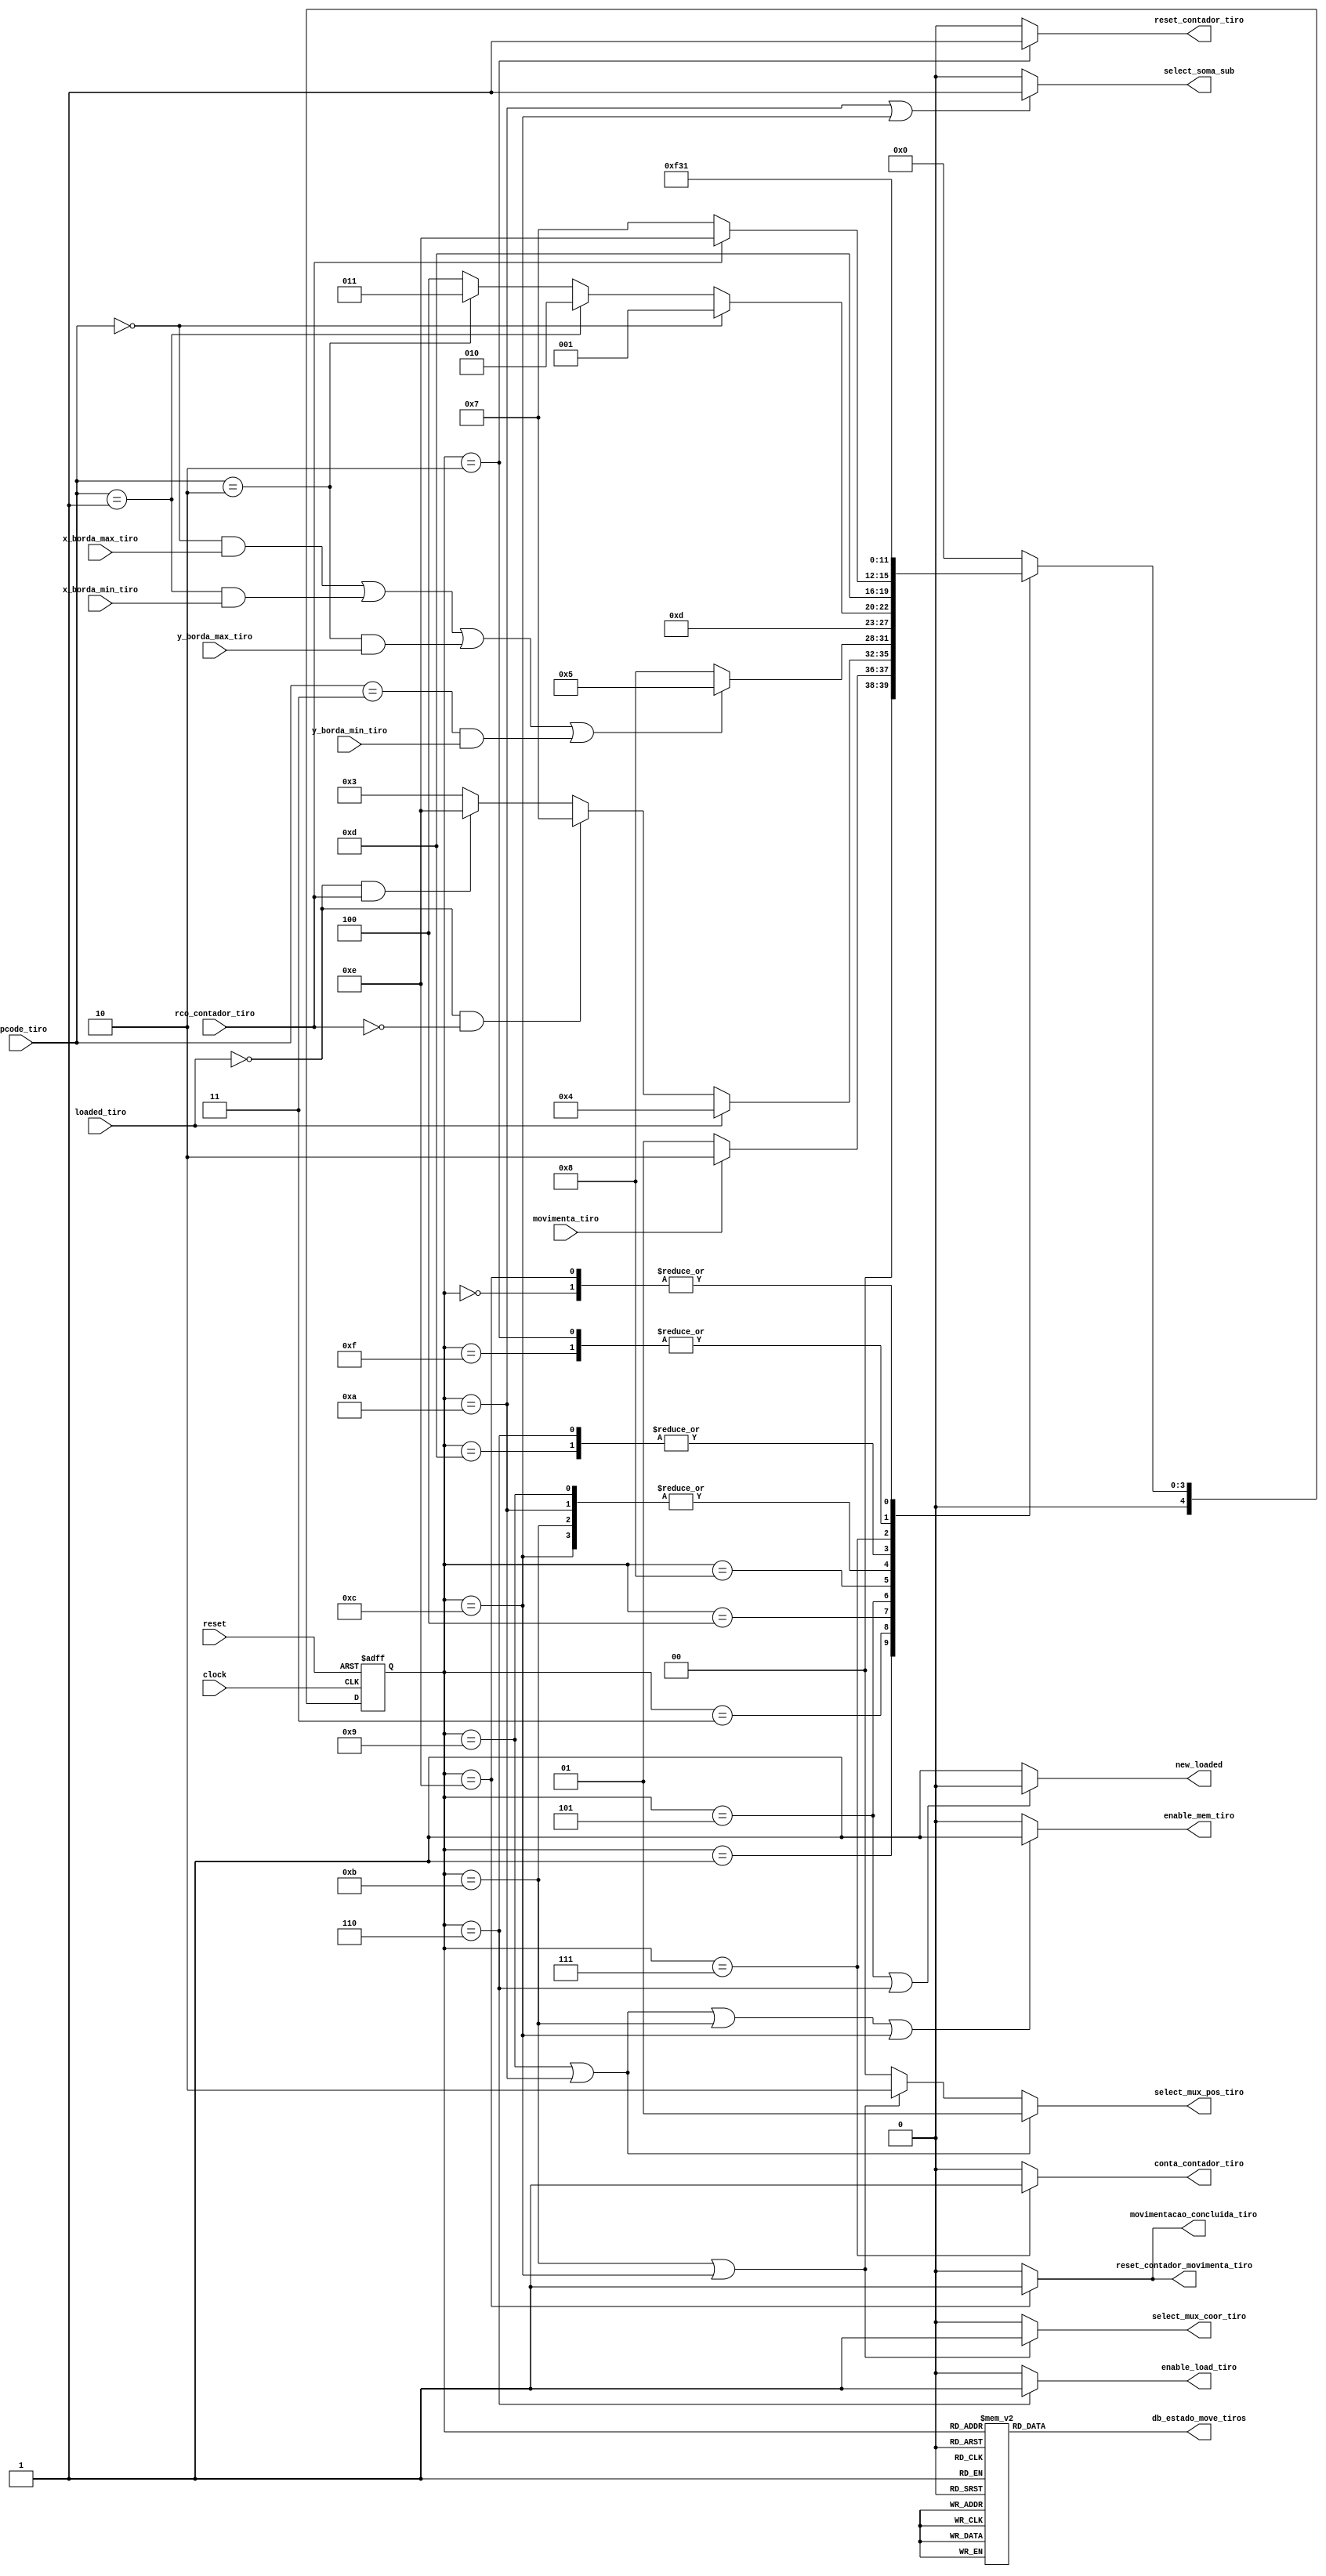

/* Essa unidade de controle  responsvel pelo movimento dos tiros no jogo, o que  feito
    uma srie de verificaes para ver se o tiro que est sendo lido da memoria est atualmente
   no jogo, e tambm se o tiro atingiou a borda do jogo, caso esteja na borda, ele  tirado do jogo.
   Para movimentar o asteroide,  verificado o OPCODE do tiro, que contm a informao da direo
   que o mesmo est se movendo e faz a operao respectiva de soma ou subtrao para mover o tiro.
   Aps isso, o tiro ser registrado na memria de tiros.*/

module uc_move_tiros (
        /*input*/
        input clock                    ,
        input movimenta_tiro           ,
        input reset                    ,
        input [1:0] opcode_tiro        ,
        input loaded_tiro              ,
        input rco_contador_tiro        ,
        input x_borda_max_tiro         , //true se a coord. X do tiro estiver no MAXIMO da horizontal
        input y_borda_max_tiro         , //true se a coord. Y do tiro estiver no MAXIMO da vetical
        input x_borda_min_tiro         , //true se a coord. Y do tiro estiver no MINIMO da horizontal
        input y_borda_min_tiro         , //true se a coord. Y do tiro estiver no MINIMO da vetical
        /*output*/
        output reg [1:0] select_mux_pos_tiro ,
        output reg select_mux_coor_tiro,
        output reg select_soma_sub     ,  
        output reg reset_contador_tiro ,
        output reg conta_contador_tiro , 
        output reg reset_contador_movimenta_tiro,
        output reg enable_mem_tiro     , 
        output reg enable_load_tiro    ,
        output reg new_loaded,                
        output reg movimentacao_concluida_tiro,
        output reg [4:0] db_estado_move_tiros

);

        parameter inicio                 = 5'b00000; // 0
        parameter espera                 = 5'b00001; // 1
        parameter reseta_contador        = 5'b00010; // 2
        parameter verifica_loaded        = 5'b00011; // 3
        parameter verifica_saiu_tela     = 5'b00100; // 4
        parameter altera_loaded          = 5'b00101; // 5
        parameter salva_loaded           = 5'b00110; // 6
        parameter incrementa_contador    = 5'b00111; // 7
        parameter verifica_opcode        = 5'b01000; // 8 
        parameter horizontal_crescente   = 5'b01001; // 9 
        parameter horizontal_decrescente = 5'b01010; // A
        parameter vertical_crescente     = 5'b01011; // B
        parameter vertical_decrescente   = 5'b01100; // C
        parameter salva_posicao          = 5'b01101; // D
        parameter sinaliza               = 5'b01110; // E
        parameter aux                    = 5'b01111; // F
        parameter erro                   = 5'b11111; // erro

        // Variveis de estado
        reg [4:0] estado_atual, proximo_estado;

        // Memria de estado
        always @(posedge clock or posedge reset) begin
                if (reset)
                        estado_atual <= inicio;
                else
                        estado_atual <= proximo_estado;
        end

        // Mudana de estados
        always @* begin
        case (estado_atual) 
                inicio:                 proximo_estado = espera;
                espera:                 proximo_estado = movimenta_tiro ? reseta_contador : espera;
                reseta_contador:        proximo_estado = verifica_loaded;
                verifica_loaded:        proximo_estado = loaded_tiro                         ? verifica_saiu_tela  : 
                                                         (~loaded_tiro && ~rco_contador_tiro) ? incrementa_contador : 
                                                         (~loaded_tiro && rco_contador_tiro)  ? sinaliza : verifica_loaded;
                verifica_saiu_tela:     proximo_estado = (opcode_tiro == 2'b00 && x_borda_max_tiro ||
                                                          opcode_tiro == 2'b01 && x_borda_min_tiro  ||
                                                          opcode_tiro == 2'b10 && y_borda_max_tiro  ||
                                                          opcode_tiro == 2'b11 && y_borda_min_tiro  )? altera_loaded : verifica_opcode;
                altera_loaded:          proximo_estado = salva_loaded;
                salva_loaded:           proximo_estado = rco_contador_tiro ? sinaliza : incrementa_contador;
                verifica_opcode:        proximo_estado = opcode_tiro == 2'b00 ? horizontal_crescente : 
                                                         opcode_tiro == 2'b01 ? horizontal_decrescente :
                                                         opcode_tiro == 2'b10 ? vertical_crescente : vertical_decrescente;
                horizontal_crescente:   proximo_estado = salva_posicao; 
                horizontal_decrescente: proximo_estado = salva_posicao;
                vertical_crescente:     proximo_estado = salva_posicao;
                vertical_decrescente:   proximo_estado = salva_posicao;
                salva_posicao:          proximo_estado = rco_contador_tiro ? sinaliza : incrementa_contador;
                incrementa_contador:    proximo_estado = aux;
                aux:                    proximo_estado = verifica_loaded;
                sinaliza:               proximo_estado = espera;
                default:                proximo_estado = inicio;
        endcase
    end

    // Lgica de sada (maquina Moore)
    always @* begin
        reset_contador_tiro           = (estado_atual == reseta_contador)        ? 1'b1 : 1'b0;
        new_loaded                    = (estado_atual == altera_loaded           || 
                                         estado_atual == salva_loaded)           ? 1'b0 : 1'b1;
        enable_load_tiro              = (estado_atual == salva_loaded)           ? 1'b1 : 1'b0;
        enable_mem_tiro               = (estado_atual == horizontal_crescente    || 
                                         estado_atual == horizontal_decrescente  ||
                                         estado_atual == vertical_crescente      ||
                                         estado_atual == vertical_decrescente)   ? 1'b1 : 1'b0;
        conta_contador_tiro           = (estado_atual == incrementa_contador)    ? 1'b1 : 1'b0;
        select_soma_sub               = (estado_atual == horizontal_decrescente  ||
                                         estado_atual == vertical_decrescente)   ? 1'b1 : 1'b0;
        select_mux_pos_tiro           = (estado_atual == horizontal_crescente    ||
                                         estado_atual == horizontal_decrescente) ? 2'b01 :  
                                        (estado_atual == vertical_crescente      ||
                                         estado_atual == vertical_decrescente)   ? 2'b10 : 2'b00;
        select_mux_coor_tiro          = (estado_atual == vertical_crescente      ||
                                         estado_atual == vertical_decrescente)   ? 1'b1 : 1'b0;
        movimentacao_concluida_tiro   = (estado_atual == sinaliza)               ? 1'b1 : 1'b0;
        reset_contador_movimenta_tiro = (estado_atual == sinaliza)               ? 1'b1 : 1'b0;

        // Sada de depurao (estado)
        case (estado_atual)
                inicio:                 db_estado_move_tiros = 5'b00000; // 0
                espera:                 db_estado_move_tiros = 5'b00001; // 1
                reseta_contador:        db_estado_move_tiros = 5'b00010; // 2
                verifica_loaded:        db_estado_move_tiros = 5'b00011; // 3
                verifica_saiu_tela:     db_estado_move_tiros = 5'b00100; // 4
                altera_loaded:          db_estado_move_tiros = 5'b00101; // 5
                salva_loaded:           db_estado_move_tiros = 5'b00110; // 6
                incrementa_contador:    db_estado_move_tiros = 5'b00111; // 7
                verifica_opcode:        db_estado_move_tiros = 5'b01000; // 8 
                horizontal_crescente:   db_estado_move_tiros = 5'b01001; // 9 
                horizontal_decrescente: db_estado_move_tiros = 5'b01010; // A
                vertical_crescente:     db_estado_move_tiros = 5'b01011; // B
                vertical_decrescente:   db_estado_move_tiros = 5'b01100; // C
                salva_posicao:          db_estado_move_tiros = 5'b01101; // D
                sinaliza:               db_estado_move_tiros = 5'b01110; // E
                aux:                    db_estado_move_tiros = 5'b01111; // F
                erro:                   db_estado_move_tiros = 5'b11111; // erro
                default:                db_estado_move_tiros = 5'b11111; // 
        endcase
    end
endmodule